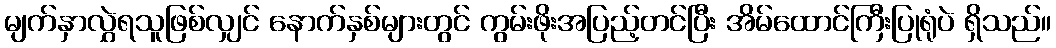
မျက်နှာလွှဲရသူဖြစ်လျှင် နောက်နှစ်များတွင် ကွမ်းဖိုးအပြည့်တင်ပြီး အိမ်ထောင်ကြီးပြုရုံပဲ ရှိသည်။